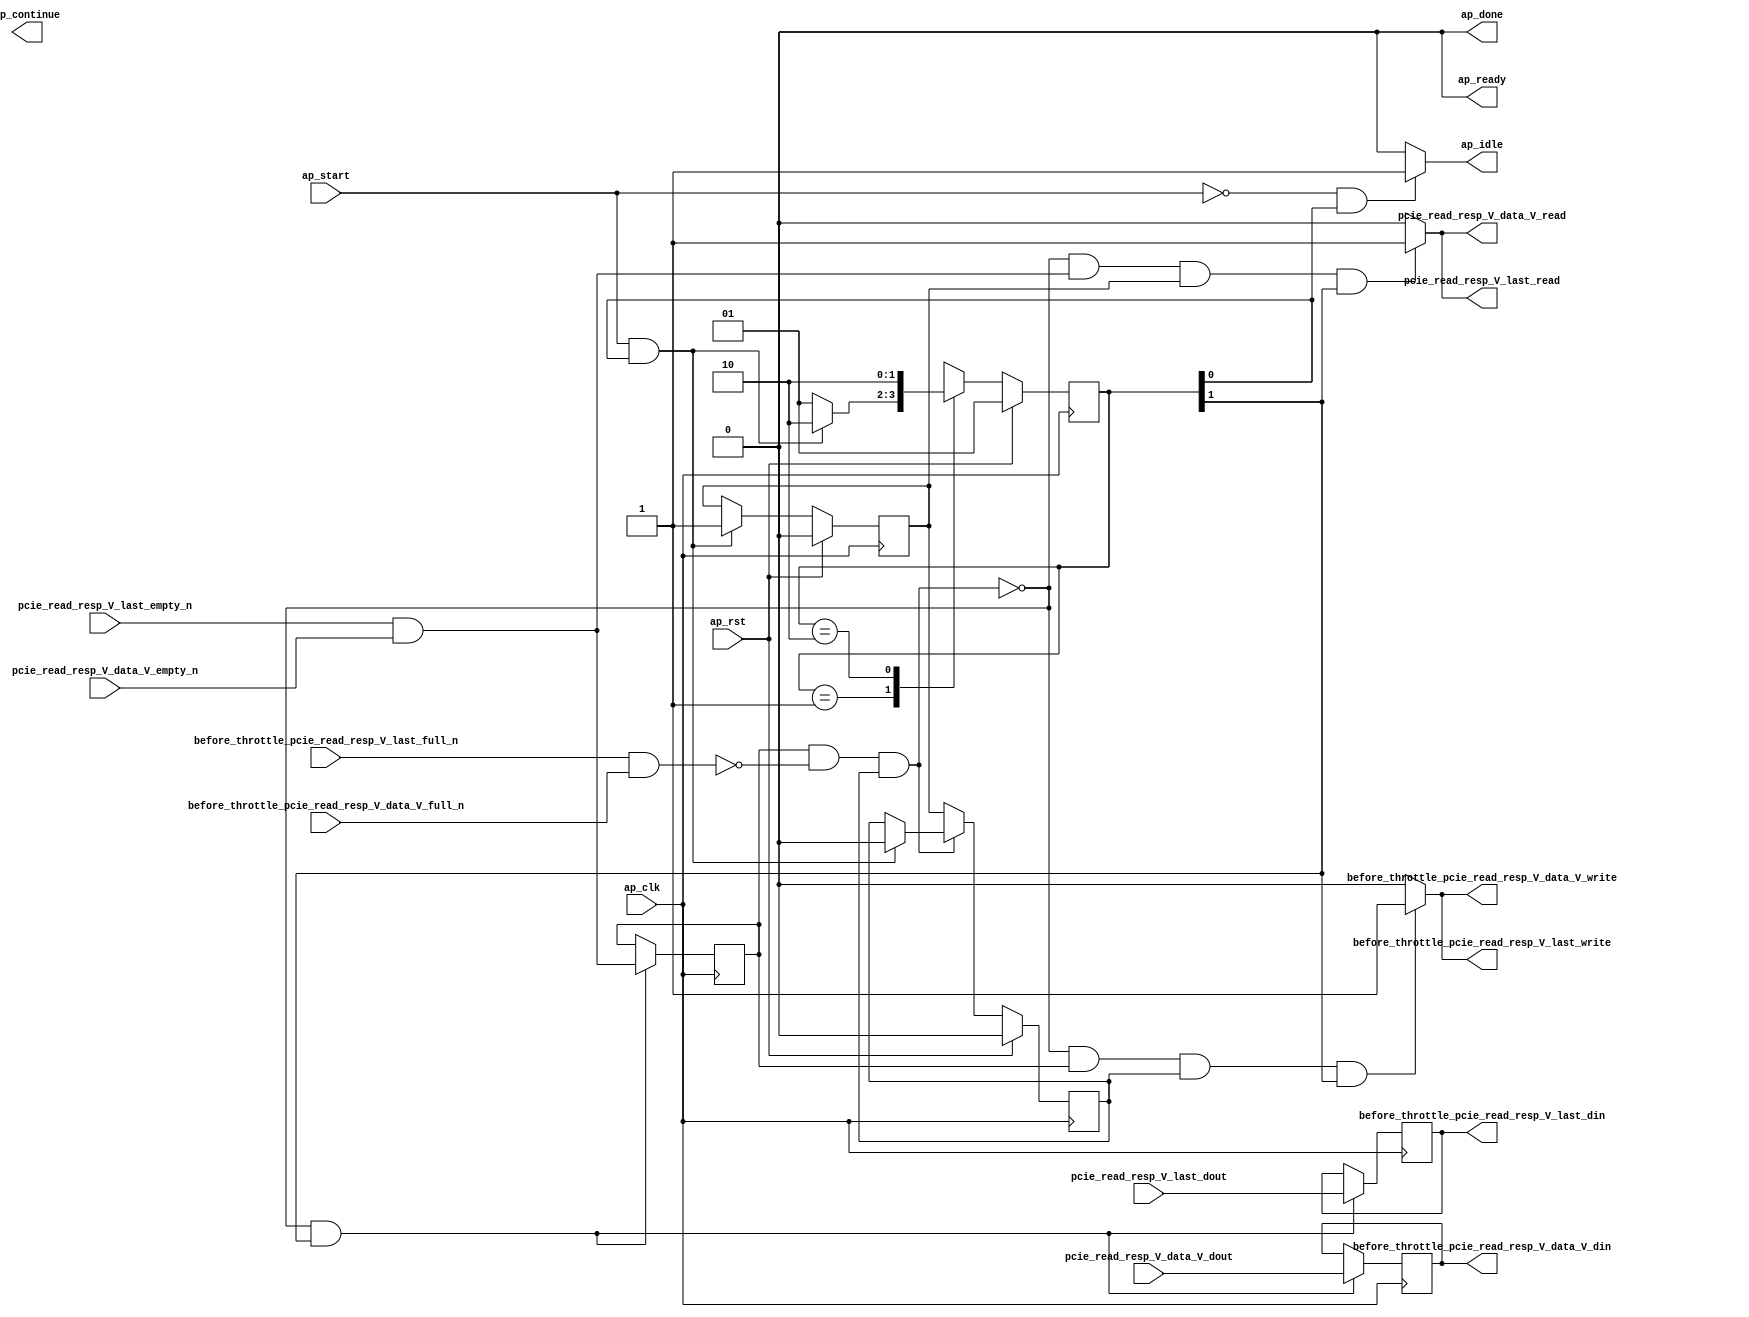
// This program was cloned from: https://github.com/zainryan/INSIDER-System
// License: MIT License

// ==============================================================
// RTL generated by Vivado(TM) HLS - High-Level Synthesis from C, C++ and SystemC
// Version: 2017.4.op
// Copyright (C) 1986-2018 Xilinx, Inc. All Rights Reserved.
// 
// ===========================================================

`timescale 1 ns / 1 ps 

(* CORE_GENERATION_INFO="pcie_read_resp_passer,hls_ip_2017_4_op,{HLS_INPUT_TYPE=cxx,HLS_INPUT_FLOAT=0,HLS_INPUT_FIXED=0,HLS_INPUT_PART=xcvu9p-flgb2104-2-i,HLS_INPUT_CLOCK=4.000000,HLS_INPUT_ARCH=others,HLS_SYN_CLOCK=1.458000,HLS_SYN_LAT=-1,HLS_SYN_TPT=none,HLS_SYN_MEM=0,HLS_SYN_DSP=0,HLS_SYN_FF=518,HLS_SYN_LUT=87}" *)

module pcie_read_resp_passer (
        ap_clk,
        ap_rst,
        ap_start,
        ap_done,
ap_continue,
        ap_idle,
        ap_ready,
        pcie_read_resp_V_last_dout,
        pcie_read_resp_V_last_empty_n,
        pcie_read_resp_V_last_read,
        pcie_read_resp_V_data_V_dout,
        pcie_read_resp_V_data_V_empty_n,
        pcie_read_resp_V_data_V_read,
        before_throttle_pcie_read_resp_V_last_din,
        before_throttle_pcie_read_resp_V_last_full_n,
        before_throttle_pcie_read_resp_V_last_write,
        before_throttle_pcie_read_resp_V_data_V_din,
        before_throttle_pcie_read_resp_V_data_V_full_n,
        before_throttle_pcie_read_resp_V_data_V_write
);

parameter    ap_ST_fsm_state1 = 2'd1;
parameter    ap_ST_fsm_pp0_stage0 = 2'd2;

input   ap_clk;
input   ap_rst;
input   ap_start;
output   ap_done;
output   ap_idle;
output ap_ready; output ap_continue;
input   pcie_read_resp_V_last_dout;
input   pcie_read_resp_V_last_empty_n;
output   pcie_read_resp_V_last_read;
input  [511:0] pcie_read_resp_V_data_V_dout;
input   pcie_read_resp_V_data_V_empty_n;
output   pcie_read_resp_V_data_V_read;
output   before_throttle_pcie_read_resp_V_last_din;
input   before_throttle_pcie_read_resp_V_last_full_n;
output   before_throttle_pcie_read_resp_V_last_write;
output  [511:0] before_throttle_pcie_read_resp_V_data_V_din;
input   before_throttle_pcie_read_resp_V_data_V_full_n;
output   before_throttle_pcie_read_resp_V_data_V_write;

reg ap_idle;

(* fsm_encoding = "none" *) reg   [1:0] ap_CS_fsm;
wire    ap_CS_fsm_state1;
reg    before_throttle_pcie_read_resp_V_last_blk_n;
wire    ap_CS_fsm_pp0_stage0;
reg    ap_enable_reg_pp0_iter1;
wire    ap_block_pp0_stage0;
reg   [0:0] empty_n_1_reg_120;
reg    before_throttle_pcie_read_resp_V_data_V_blk_n;
wire    ap_block_state2_pp0_stage0_iter0;
wire    before_throttle_pcie_read_resp_V_last1_status;
reg    ap_block_state3_pp0_stage0_iter1;
reg    ap_block_pp0_stage0_11001;
reg   [0:0] tmp_last_reg_124;
reg   [511:0] tmp_data_V_reg_129;
reg    ap_enable_reg_pp0_iter0;
reg    ap_block_pp0_stage0_subdone;
reg    pcie_read_resp_V_last0_update;
wire   [0:0] empty_n_nbread_fu_90_p3_0;
reg    before_throttle_pcie_read_resp_V_last1_update;
reg    ap_block_pp0_stage0_01001;
reg   [1:0] ap_NS_fsm;
reg    ap_idle_pp0;
wire    ap_enable_pp0;

// power-on initialization
initial begin
#0 ap_CS_fsm = 2'd1;
#0 ap_enable_reg_pp0_iter1 = 1'b0;
#0 ap_enable_reg_pp0_iter0 = 1'b0;
end

always @ (posedge ap_clk) begin
    if (ap_rst == 1'b1) begin
        ap_CS_fsm <= ap_ST_fsm_state1;
    end else begin
        ap_CS_fsm <= ap_NS_fsm;
    end
end

always @ (posedge ap_clk) begin
    if (ap_rst == 1'b1) begin
        ap_enable_reg_pp0_iter0 <= 1'b0;
    end else begin
        if (((ap_start == 1'b1) & (1'b1 == ap_CS_fsm_state1))) begin
            ap_enable_reg_pp0_iter0 <= 1'b1;
        end
    end
end

always @ (posedge ap_clk) begin
    if (ap_rst == 1'b1) begin
        ap_enable_reg_pp0_iter1 <= 1'b0;
    end else begin
        if ((1'b0 == ap_block_pp0_stage0_subdone)) begin
            ap_enable_reg_pp0_iter1 <= ap_enable_reg_pp0_iter0;
        end else if (((ap_start == 1'b1) & (1'b1 == ap_CS_fsm_state1))) begin
            ap_enable_reg_pp0_iter1 <= 1'b0;
        end
    end
end

always @ (posedge ap_clk) begin
    if (((1'b0 == ap_block_pp0_stage0_11001) & (1'b1 == ap_CS_fsm_pp0_stage0))) begin
        empty_n_1_reg_120 <= empty_n_nbread_fu_90_p3_0;
        tmp_data_V_reg_129 <= pcie_read_resp_V_data_V_dout;
        tmp_last_reg_124 <= pcie_read_resp_V_last_dout;
    end
end

always @ (*) begin
    if (((ap_start == 1'b0) & (1'b1 == ap_CS_fsm_state1))) begin
        ap_idle = 1'b1;
    end else begin
        ap_idle = 1'b0;
    end
end

always @ (*) begin
    if (((ap_enable_reg_pp0_iter0 == 1'b0) & (ap_enable_reg_pp0_iter1 == 1'b0))) begin
        ap_idle_pp0 = 1'b1;
    end else begin
        ap_idle_pp0 = 1'b0;
    end
end

always @ (*) begin
    if (((empty_n_1_reg_120 == 1'd1) & (1'b0 == ap_block_pp0_stage0) & (ap_enable_reg_pp0_iter1 == 1'b1) & (1'b1 == ap_CS_fsm_pp0_stage0))) begin
        before_throttle_pcie_read_resp_V_data_V_blk_n = before_throttle_pcie_read_resp_V_data_V_full_n;
    end else begin
        before_throttle_pcie_read_resp_V_data_V_blk_n = 1'b1;
    end
end

always @ (*) begin
    if (((1'b0 == ap_block_pp0_stage0_11001) & (empty_n_1_reg_120 == 1'd1) & (ap_enable_reg_pp0_iter1 == 1'b1) & (1'b1 == ap_CS_fsm_pp0_stage0))) begin
        before_throttle_pcie_read_resp_V_last1_update = 1'b1;
    end else begin
        before_throttle_pcie_read_resp_V_last1_update = 1'b0;
    end
end

always @ (*) begin
    if (((empty_n_1_reg_120 == 1'd1) & (1'b0 == ap_block_pp0_stage0) & (ap_enable_reg_pp0_iter1 == 1'b1) & (1'b1 == ap_CS_fsm_pp0_stage0))) begin
        before_throttle_pcie_read_resp_V_last_blk_n = before_throttle_pcie_read_resp_V_last_full_n;
    end else begin
        before_throttle_pcie_read_resp_V_last_blk_n = 1'b1;
    end
end

always @ (*) begin
    if (((1'b0 == ap_block_pp0_stage0_11001) & ((pcie_read_resp_V_last_empty_n & pcie_read_resp_V_data_V_empty_n) == 1'b1) & (ap_enable_reg_pp0_iter0 == 1'b1) & (1'b1 == ap_CS_fsm_pp0_stage0))) begin
        pcie_read_resp_V_last0_update = 1'b1;
    end else begin
        pcie_read_resp_V_last0_update = 1'b0;
    end
end

always @ (*) begin
    case (ap_CS_fsm)
        ap_ST_fsm_state1 : begin
            if (((ap_start == 1'b1) & (1'b1 == ap_CS_fsm_state1))) begin
                ap_NS_fsm = ap_ST_fsm_pp0_stage0;
            end else begin
                ap_NS_fsm = ap_ST_fsm_state1;
            end
        end
        ap_ST_fsm_pp0_stage0 : begin
            ap_NS_fsm = ap_ST_fsm_pp0_stage0;
        end
        default : begin
            ap_NS_fsm = 'bx;
        end
    endcase
end

assign ap_CS_fsm_pp0_stage0 = ap_CS_fsm[32'd1];

assign ap_CS_fsm_state1 = ap_CS_fsm[32'd0];

assign ap_block_pp0_stage0 = ~(1'b1 == 1'b1);

always @ (*) begin
    ap_block_pp0_stage0_01001 = ((empty_n_1_reg_120 == 1'd1) & (before_throttle_pcie_read_resp_V_last1_status == 1'b0) & (ap_enable_reg_pp0_iter1 == 1'b1));
end

always @ (*) begin
    ap_block_pp0_stage0_11001 = ((empty_n_1_reg_120 == 1'd1) & (before_throttle_pcie_read_resp_V_last1_status == 1'b0) & (ap_enable_reg_pp0_iter1 == 1'b1));
end

always @ (*) begin
    ap_block_pp0_stage0_subdone = ((empty_n_1_reg_120 == 1'd1) & (before_throttle_pcie_read_resp_V_last1_status == 1'b0) & (ap_enable_reg_pp0_iter1 == 1'b1));
end

assign ap_block_state2_pp0_stage0_iter0 = ~(1'b1 == 1'b1);

always @ (*) begin
    ap_block_state3_pp0_stage0_iter1 = ((empty_n_1_reg_120 == 1'd1) & (before_throttle_pcie_read_resp_V_last1_status == 1'b0));
end

assign ap_done = 1'b0;

assign ap_enable_pp0 = (ap_idle_pp0 ^ 1'b1);

assign ap_ready = 1'b0;

assign before_throttle_pcie_read_resp_V_data_V_din = tmp_data_V_reg_129;

assign before_throttle_pcie_read_resp_V_data_V_write = before_throttle_pcie_read_resp_V_last1_update;

assign before_throttle_pcie_read_resp_V_last1_status = (before_throttle_pcie_read_resp_V_last_full_n & before_throttle_pcie_read_resp_V_data_V_full_n);

assign before_throttle_pcie_read_resp_V_last_din = tmp_last_reg_124;

assign before_throttle_pcie_read_resp_V_last_write = before_throttle_pcie_read_resp_V_last1_update;

assign empty_n_nbread_fu_90_p3_0 = (pcie_read_resp_V_last_empty_n & pcie_read_resp_V_data_V_empty_n);

assign pcie_read_resp_V_data_V_read = pcie_read_resp_V_last0_update;

assign pcie_read_resp_V_last_read = pcie_read_resp_V_last0_update;

endmodule //pcie_read_resp_passer